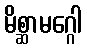
မိစ္ဆာမဂ္ဂေါ